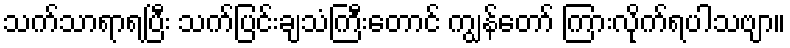
သက်သာရာရပြီး သက်ပြင်းချသံကြီးတောင် ကျွန်တော် ကြားလိုက်ရပါသဗျာ။